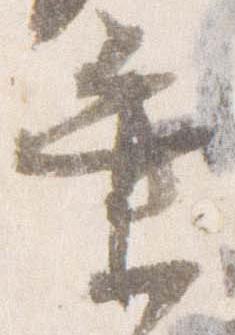
業